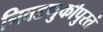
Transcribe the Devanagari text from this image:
निवडणुकीपुरतं